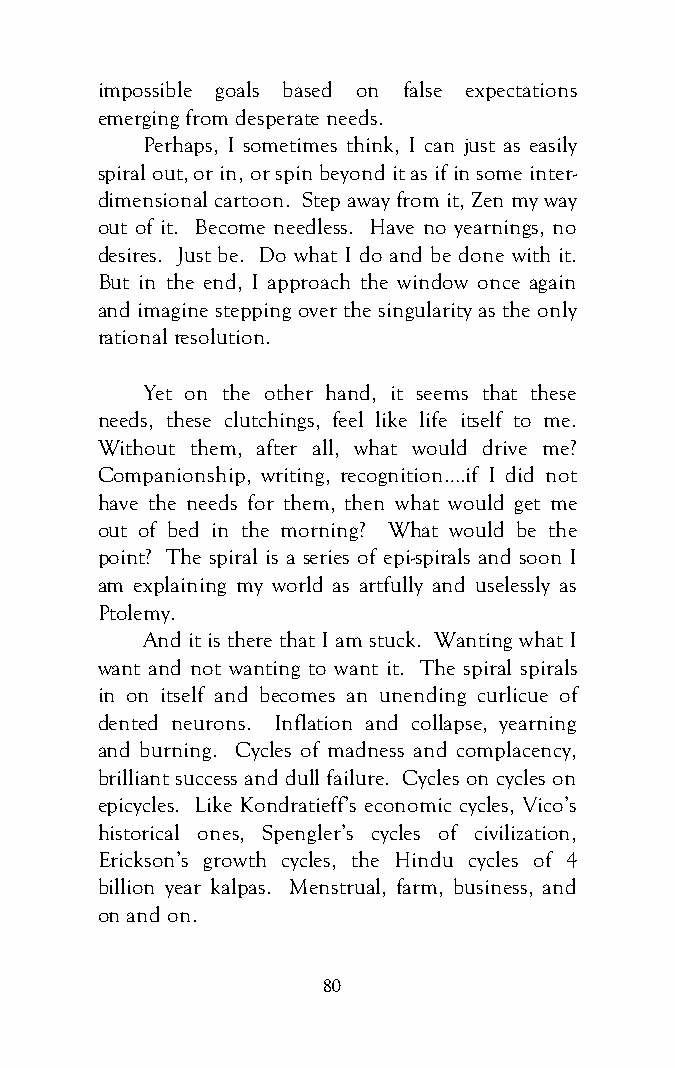
impossible goals based on false expectations
 emerging from desperate needs.
 Perhaps, I sometimes think, I can just as easily
 spiral out, or in, or spin beyond it as if in some inter-
 dimensional cartoon. Step away from it, Zen my way
 out of it. Become needless. Have no yearnings, no
 desires. Just be. Do what I do and be done with it.
 But in the end, I approach the window once again
 and imagine stepping over the singularity as the only
 rational resolution.
 Yet on the other hand, it seems that these
 needs, these clutchings, feel like life itself to me.
 Without them, after all, what would drive me?
 Companionship, writing, recognition….if I did not
 have the needs for them, then what would get me
 out of bed in the morning? What would be the
 point? The spiral is a series of epi-spirals and soon I
 am explaining my world as artfully and uselessly as
 Ptolemy.
 And it is there that I am stuck. Wanting what I
 want and not wanting to want it. The spiral spirals
 in on itself and becomes an unending curlicue of
 dented neurons. Inflation and collapse, yearning
 and burning. Cycles of madness and complacency,
 brilliant success and dull failure. Cycles on cycles on
 epicycles. Like Kondratieff’s economic cycles, Vico’s
 historical ones, Spengler’s cycles of civilization,
 Erickson’s growth cycles, the Hindu cycles of 4
 billion year kalpas. Menstrual, farm, business, and
 on and on.
 80